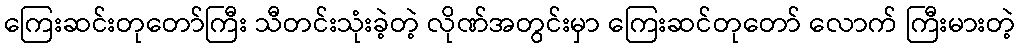
ကြေးဆင်းတုတော်ကြီး သီတင်းသုံးခဲ့တဲ့ လိုဏ်အတွင်းမှာ ကြေးဆင်တုတော် လောက် ကြီးမားတဲ့